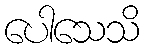
ပေါသေသိ